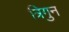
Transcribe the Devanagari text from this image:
त्रिगुन